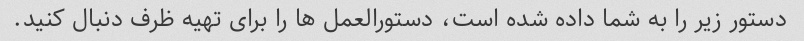
دستور زیر را به شما داده شده است، دستورالعمل ها را برای تهیه ظرف دنبال کنید.